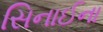
સિનાઈના